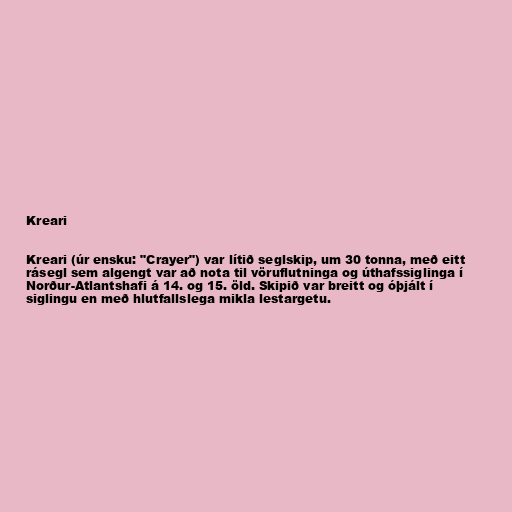
Kreari

Kreari (úr ensku: "Crayer") var lítið seglskip, um 30 tonna, með eitt
rásegl sem algengt var að nota til vöruflutninga og úthafssiglinga í
Norður-Atlantshafi á 14. og 15. öld. Skipið var breitt og óþjált í
siglingu en með hlutfallslega mikla lestargetu.